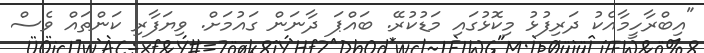
"އިބްރާހީމާއެކު ދަރިފުޅު މިކޮޅުގައި މަޑުކުރޭ. ބައްޕަ ދާނަން ގައުމަށް. ވިޔަފާރި ކަންތައް ވެސް